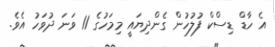
އެ ހާޑް ޑިސްކް ފުލުހުން ގެންދިޔައީ މިމަހުގެ 11 ވަނަ ދުވަހު އެވެ.